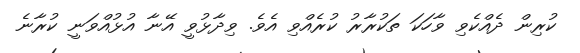
ކުރިން ދެއްކެވި ވާހަކަ ތަކުރާރު ކުރެއްވި އެވެ. ވިދާޅުވީ އޭނާ އުޅުއްވަނީ ކުރާނެ